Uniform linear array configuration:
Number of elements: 48
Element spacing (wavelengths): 1
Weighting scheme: exponential
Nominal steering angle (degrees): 15
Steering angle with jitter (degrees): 13.312
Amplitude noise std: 0.05
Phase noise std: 0.05

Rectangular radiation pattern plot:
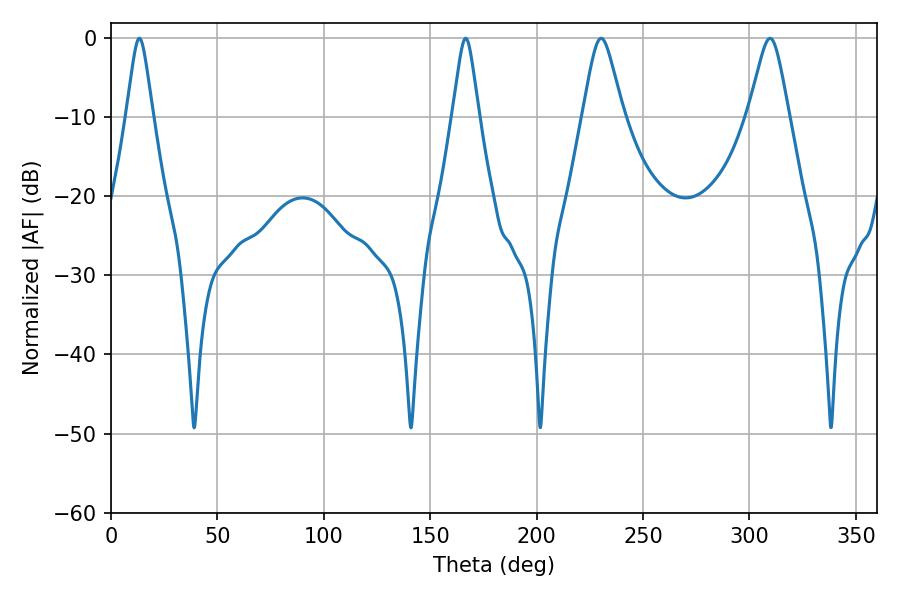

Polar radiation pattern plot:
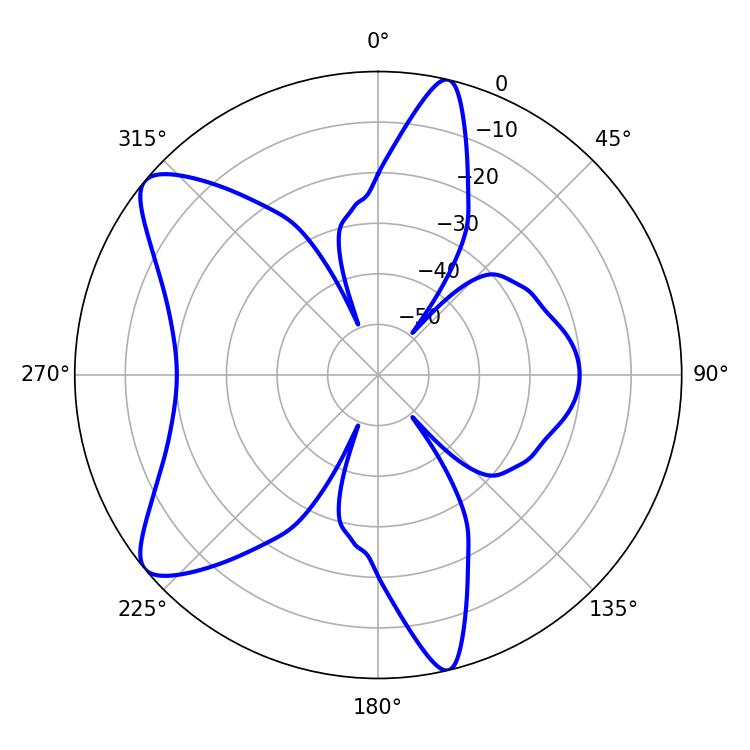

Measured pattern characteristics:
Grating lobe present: TRUE
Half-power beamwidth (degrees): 5.76
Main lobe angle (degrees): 13.32